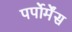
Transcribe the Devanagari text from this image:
पर्पोर्मेंस